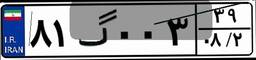
۷۳گ۹۷۷۳۲